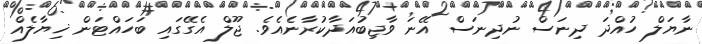
ނާޔަލް ހުއްދަ ދިނަސް ނުދިނަސް އޭނަ ވާޖިބުއަދާކުރާނެއެވެ. ޖޫލް އެގޭގައި ބަހައްޓަން ޚިޔާލެއް